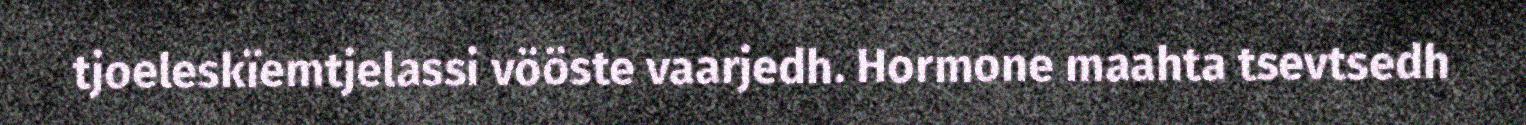
tjoeleskïemtjelassi vööste vaarjedh. Hormone maahta tsevtsedh